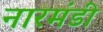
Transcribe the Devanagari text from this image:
नारमंडी